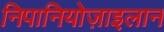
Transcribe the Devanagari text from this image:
निपानियोज़ाइलान